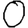
Digit: 0